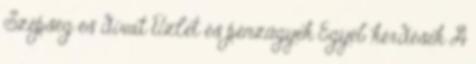
Szépség és divat Üzlet és pénzügyek Egyéb kérdések A